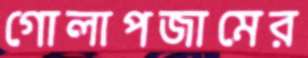
গোলাপজামের